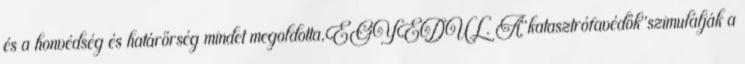
és a honvédség és határőrség mindet megoldotta,EGYEDÜL. A"katasztrófavédők"szimulálják a